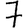
Digit: 7